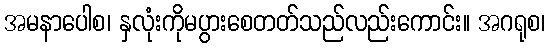
အမနာပေါစ၊ နှလုံးကိုမပွားစေတတ်သည်လည်းကောင်း။ အဂရုစ၊